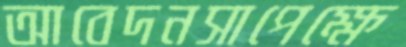
আবেদনসাপেক্ষে